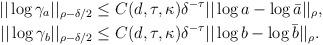
LaTeX: \begin{align*} ||\log \gamma_a||_{\rho-\delta/2} &\leq C(d,\tau,\kappa)\delta^{-\tau}||\log a-\log\bar{a}||_{\rho}, \\ ||\log \gamma_b||_{\rho-\delta/2} &\leq C(d,\tau,\kappa)\delta^{-\tau}||\log b-\log\bar{b}||_{\rho}.\\ \end{align*}